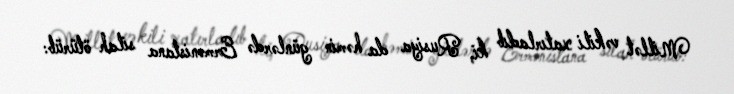
Millət vəkili xatırladıb ki, Rusiya da həmin günlərdə Ermənistana silah ötürüb: